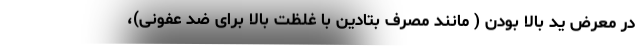
در معرض یُد بالا بودن ( مانند مصرف بتادین با غلظت بالا برای ضد عفونی)،